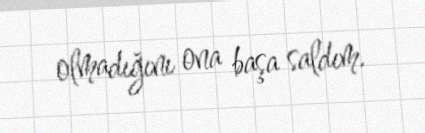
olmadığını ona başa saldım.